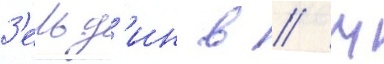
З'ельд'ин в // М